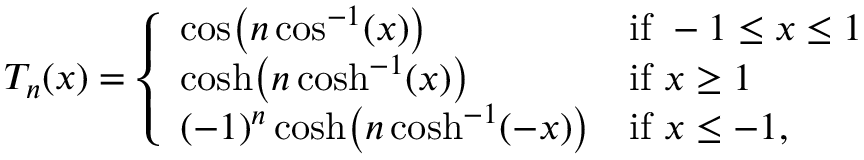
T _ { n } ( x ) = { \left\{ \begin{array} { l l } { \cos \! { \big ( } n \cos ^ { - 1 } ( x ) { \big ) } } & { { \mathrm { i f ~ } } - 1 \leq x \leq 1 } \\ { \cosh \! { \big ( } n \cosh ^ { - 1 } ( x ) { \big ) } } & { { \mathrm { i f ~ } } x \geq 1 } \\ { ( - 1 ) ^ { n } \cosh \! { \big ( } n \cosh ^ { - 1 } ( - x ) { \big ) } } & { { \mathrm { i f ~ } } x \leq - 1 , } \end{array} \right. }